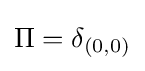
\Pi =\delta _{(0,0)}